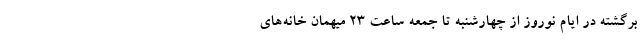
برگشته در ایام نوروز از چهارشنبه تا جمعه ساعت ۲۳ میهمان خانه‌های